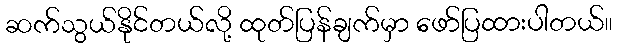
ဆက်သွယ်နိုင်တယ်လို့ ထုတ်ပြန်ချက်မှာ ဖော်ပြထားပါတယ်။